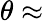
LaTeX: \theta\approx